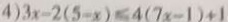
4 ) 3 x - 2 ( 5 - x ) \leq 4 ( 7 x - 1 ) + 1